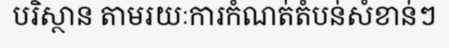
បរិស្ថាន តាមរយៈការកំណត់តំបន់សំខាន់ៗ